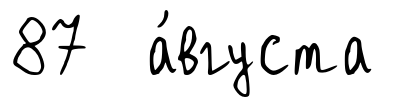
87 а́вгуста